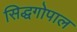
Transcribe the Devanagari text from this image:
सिद्धगोपाल